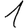
Digit: 1